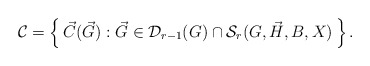
\begin{align*} \mathcal{C} = \left\{\, \vec{C}(\vec{G}) : \vec{G} \in \mathcal{D}_{r-1}(G) \cap \mathcal{S}_r(G, \vec{H}, B, X) \, \right\}. \end{align*}